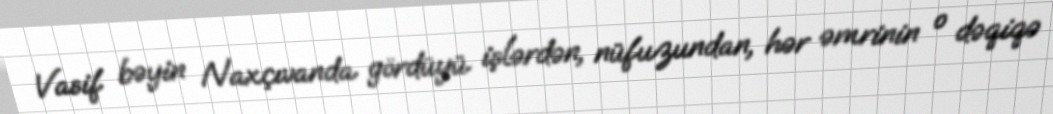
Vasif bəyin Naxçıvanda gördüyü işlərdən, nüfuzundan, hər əmrinin o dəqiqə